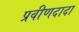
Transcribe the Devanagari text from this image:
प्रवीणदादा